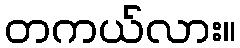
တကယ်လား။